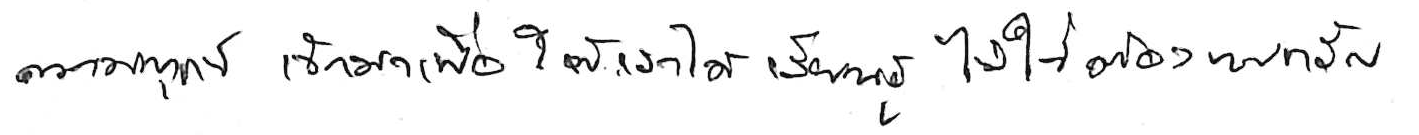
ความทุกข์ เข้ามาเพื่อให้เราได้ เรียนรู้ ไม่ใช่ต้อง แบกรับ